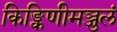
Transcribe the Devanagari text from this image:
किङ्किणीमञ्जुलं